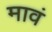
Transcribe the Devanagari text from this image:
मावं